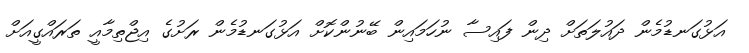
އަޅުގަނޑުމެން ދައުލަތަށް ދިން ފައިސާ ނުހަމައިން ބޭނުންކޮށް އަޅުގަނޑުމެން ރަށުގެ އިޖްތިމާއީ ތަރައްގީއަށް